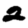
Digit: 2